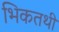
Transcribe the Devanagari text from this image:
भिकतथी